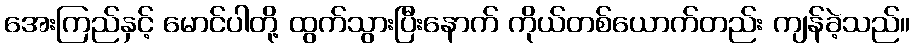
အေးကြည်နှင့် မောင်ပါတို့ ထွက်သွားပြီးနောက် ကိုယ်တစ်ယောက်တည်း ကျန်ခဲ့သည်။